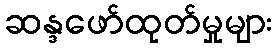
ဆန္ဒဖော်ထုတ်မှုများ